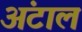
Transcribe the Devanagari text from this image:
अंटाल